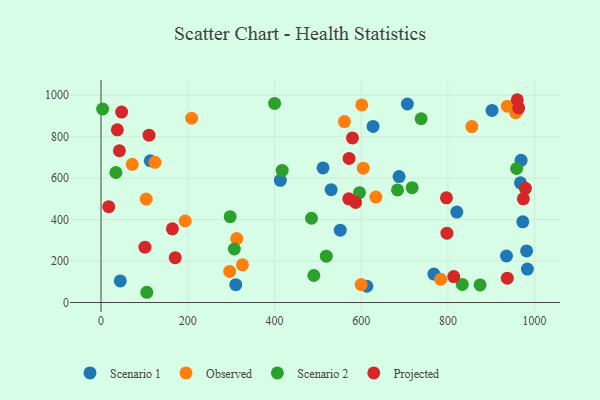
{"axis": {"x": "Study Hours", "y": "Rating"}, "legend": ["Observed", "Projected", "Scenario 1", "Scenario 2"], "data": [{"x": "983.3", "y": 161.3, "type": "Scenario 1"}, {"x": "706.6", "y": 957.8, "type": "Scenario 1"}, {"x": "113.5", "y": 684.1, "type": "Scenario 1"}, {"x": "687.4", "y": 607.6, "type": "Scenario 1"}, {"x": "981.5", "y": 248.8, "type": "Scenario 1"}, {"x": "968.8", "y": 685.9, "type": "Scenario 1"}, {"x": "767.7", "y": 137.3, "type": "Scenario 1"}, {"x": "627.4", "y": 849.6, "type": "Scenario 1"}, {"x": "820.5", "y": 436.6, "type": "Scenario 1"}, {"x": "967.4", "y": 577.8, "type": "Scenario 1"}, {"x": "44.4", "y": 104.5, "type": "Scenario 1"}, {"x": "935.1", "y": 224.5, "type": "Scenario 1"}, {"x": "901.8", "y": 926.7, "type": "Scenario 1"}, {"x": "551.7", "y": 349.1, "type": "Scenario 1"}, {"x": "972.7", "y": 389.3, "type": "Scenario 1"}, {"x": "512.0", "y": 649.4, "type": "Scenario 1"}, {"x": "530.7", "y": 544.3, "type": "Scenario 1"}, {"x": "413.6", "y": 589.6, "type": "Scenario 1"}, {"x": "310.8", "y": 86.0, "type": "Scenario 1"}, {"x": "612.9", "y": 79.0, "type": "Scenario 1"}, {"x": "956.2", "y": 916.1, "type": "Observed"}, {"x": "326.2", "y": 182.1, "type": "Observed"}, {"x": "601.3", "y": 953.6, "type": "Observed"}, {"x": "855.2", "y": 848.9, "type": "Observed"}, {"x": "960.0", "y": 924.1, "type": "Observed"}, {"x": "561.4", "y": 873.3, "type": "Observed"}, {"x": "104.2", "y": 499.2, "type": "Observed"}, {"x": "124.5", "y": 676.6, "type": "Observed"}, {"x": "296.7", "y": 150.1, "type": "Observed"}, {"x": "194.2", "y": 393.4, "type": "Observed"}, {"x": "604.8", "y": 648.1, "type": "Observed"}, {"x": "72.0", "y": 667.0, "type": "Observed"}, {"x": "600.0", "y": 86.7, "type": "Observed"}, {"x": "313.0", "y": 308.4, "type": "Observed"}, {"x": "633.9", "y": 508.7, "type": "Observed"}, {"x": "937.0", "y": 947.3, "type": "Observed"}, {"x": "783.3", "y": 111.8, "type": "Observed"}, {"x": "209.0", "y": 889.5, "type": "Observed"}, {"x": "490.8", "y": 130.4, "type": "Scenario 2"}, {"x": "105.6", "y": 49.5, "type": "Scenario 2"}, {"x": "3.7", "y": 933.8, "type": "Scenario 2"}, {"x": "683.8", "y": 543.2, "type": "Scenario 2"}, {"x": "958.5", "y": 646.6, "type": "Scenario 2"}, {"x": "417.8", "y": 637.4, "type": "Scenario 2"}, {"x": "717.5", "y": 554.2, "type": "Scenario 2"}, {"x": "833.2", "y": 87.6, "type": "Scenario 2"}, {"x": "874.2", "y": 84.8, "type": "Scenario 2"}, {"x": "400.4", "y": 960.7, "type": "Scenario 2"}, {"x": "297.8", "y": 414.2, "type": "Scenario 2"}, {"x": "307.4", "y": 258.4, "type": "Scenario 2"}, {"x": "738.2", "y": 886.8, "type": "Scenario 2"}, {"x": "485.4", "y": 406.6, "type": "Scenario 2"}, {"x": "596.1", "y": 530.1, "type": "Scenario 2"}, {"x": "519.6", "y": 223.5, "type": "Scenario 2"}, {"x": "34.3", "y": 627.3, "type": "Scenario 2"}, {"x": "171.1", "y": 216.2, "type": "Projected"}, {"x": "17.8", "y": 462.6, "type": "Projected"}, {"x": "797.7", "y": 334.4, "type": "Projected"}, {"x": "572.0", "y": 695.2, "type": "Projected"}, {"x": "42.4", "y": 732.2, "type": "Projected"}, {"x": "963.1", "y": 939.0, "type": "Projected"}, {"x": "110.7", "y": 807.4, "type": "Projected"}, {"x": "813.5", "y": 125.2, "type": "Projected"}, {"x": "571.4", "y": 500.2, "type": "Projected"}, {"x": "937.0", "y": 117.3, "type": "Projected"}, {"x": "47.5", "y": 918.7, "type": "Projected"}, {"x": "579.9", "y": 794.4, "type": "Projected"}, {"x": "37.6", "y": 833.3, "type": "Projected"}, {"x": "587.1", "y": 483.1, "type": "Projected"}, {"x": "960.0", "y": 978.5, "type": "Projected"}, {"x": "978.8", "y": 550.9, "type": "Projected"}, {"x": "101.3", "y": 267.0, "type": "Projected"}, {"x": "974.0", "y": 500.6, "type": "Projected"}, {"x": "164.6", "y": 355.7, "type": "Projected"}, {"x": "796.6", "y": 505.4, "type": "Projected"}]}